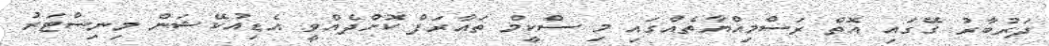
ދަރުބާރު ގޭގައި އޮތް ރަސްމިއްޔާތެއްގައި މި ސްކީމް ތައާރަފް ކޮށްދެއްވީ އެޑިއުކޭޝަން މިނިސްޓަރު